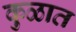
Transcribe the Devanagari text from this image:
कु़ळात